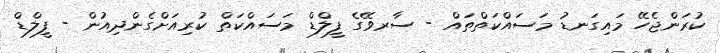
ކުރަންޖެހޭ މައިގަނޑު މަސައްކަތްތައް - ސާރވޭގެ ފީލްޑް މަސައްކަތް ކުރިއަށްގެންދިއުން - ފީލްޑް